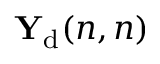
{ \bf Y } _ { \mathrm { d } } ( n , n )